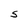
Character: S